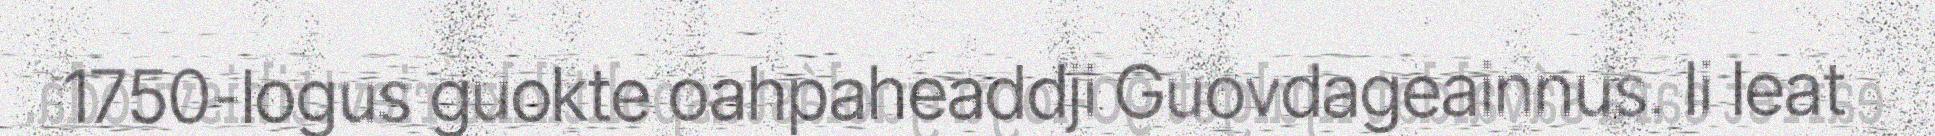
1750-logus guokte oahpaheaddji Guovdageainnus. Ii leat